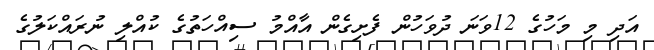
އަދި މި މަހުގެ 12ވަނަ ދުވަހުން ފެށިގެން އާއްމު ސިއްހަތުގެ ކުއްލި ނުރައްކަލުގެ